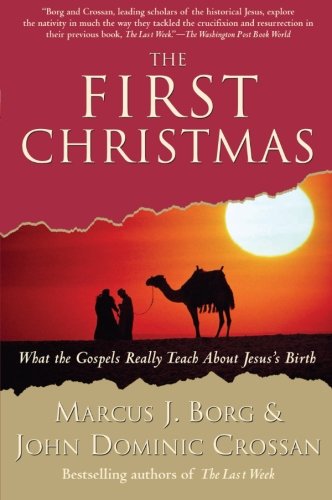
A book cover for The First Christmas: What the Gospels Really Teach About Jesus's Birth; Marcus J. Borg; Christian Books & Bibles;